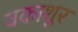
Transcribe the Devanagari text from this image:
वकाशुर